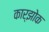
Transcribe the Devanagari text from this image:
कार्झोक